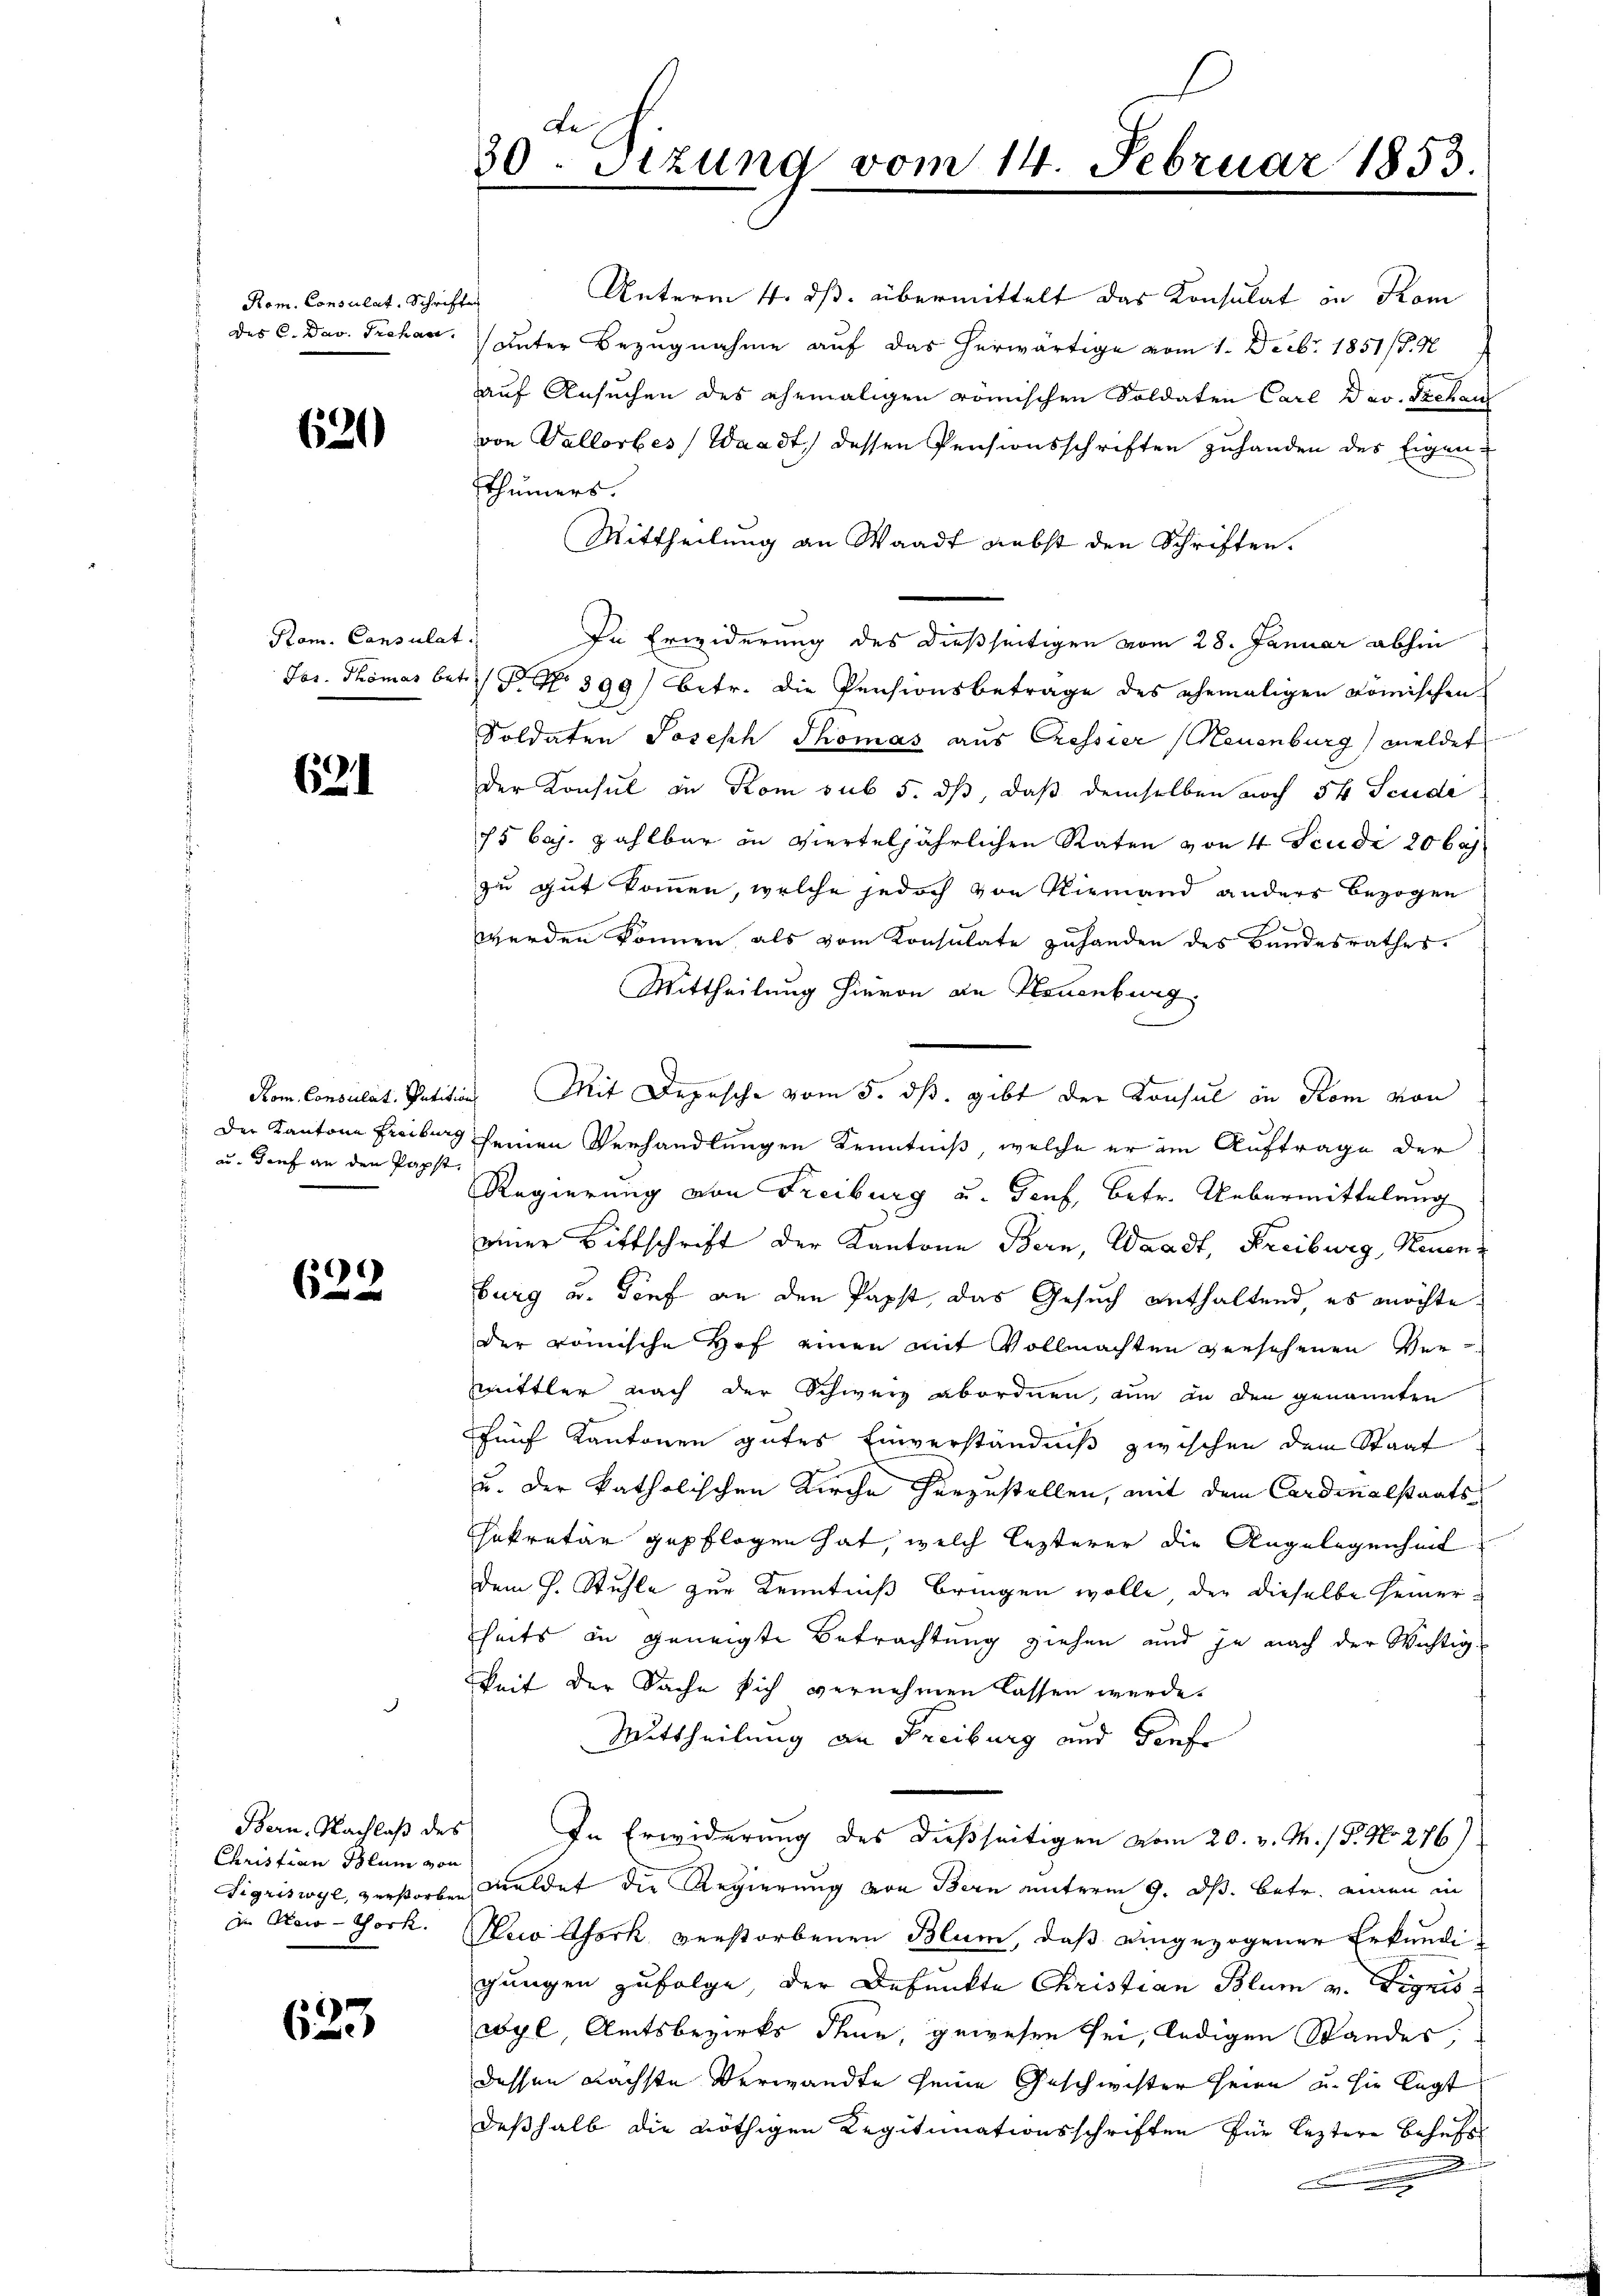
Rom. Consulat, Schrift
des C. Dav. Prohan

620)

Pom. Consulat
Jos. Thomas bei

694

Rom. Consulat, Petition
 Der Kantone Freiburg
 au. Dorf an den Papst.

)
6

Bern, Nachlaß des
Christian Blum von
Sigriswyl, verstorben
In Kaw-York.

623

de
30. Sitzung vom 14. Februar 1853.

Unterm 4. ds. übermittelt das Konsulat in Kom
unter Bezugnahme auf das herwärtige vom 1. Decbr. 1851/B. N
auf Ansuchen des ehemaligen römischen Soldaten Carl der Seelen
von Vallorbes Waadt, dessen Pensionsschriften zuhanden des Eigenthümers.
Mittheilung an Waadt nebst den Schriften.
In Erwiderung des dießseitigen vom 28. Januar abhin
 No 399) betr. die Pensionsbetrage des ehemaligen römischen
Soldaten Joseph Thomas aus Cessier (Neuenburg) meldet
Der Konsul in Kom sub 5. dß, daß demselben noch 5 Stude
75 Caj. zahlbar in vierteljährlichen Raten von 4 Scudi 20 bes
zu gut kommen, welche jedoch von Niemand anders bezogen
.
werden können als vom Konsulate zuhanden des Bandesrathes.
Mittheilung hievon die Neuenburg,
 Mit Depesche vom 5. ds. gibt der Konsul in Rom von
seinen Verhandlungen Kenntniß, welche er im Auftrage der
Regierung von Freiburg u. Genf, betr. Uebermittelang
einer Bittschrift der Kantone Bern, Waadt, Freiburg, Neuenburg u. Torf an den Papst, das Gesuch enthaltend es möchte
der römische Hof einen mit Vollmachten versehenen Vermmittler nach der Schweiz abordnen, um in den genannten
fünf Kantonen gutes Einverständniß zwischen dem Staat
u. der katholischen Kirche herzustellen, mit dem Cordinalstaatssekretär gepflogen hat, welch lezterer die Angelegenheit
dem H. Stuhle zur Kenntniß bringen wolle, der dieselbe seinerheits in geneigte Betrachtung ziehen und je nach der Wichtig-
eit der Sache sich vernehmen lassen werde.
Mittheilung an Freiburg und Torfe
In Erwiderung des dießseitigen vom 20. v. M. / P. No 276)
meldet die Regierung von Bern unterm 9. ds. betr. einen in
Keio Chork verstorbenen Blum, daß eingezogener Erkundigungen zufolge, der Befunkte Christian Blum v. Vignis
wyl Amtsbezirks dene, gewesen sei, ledigen Standes.
dessen nächste Verwandte seine Geschwister seien u. sie legt
deßhalb die nöthigen Regitimationsschriften für leztere Behufs
n